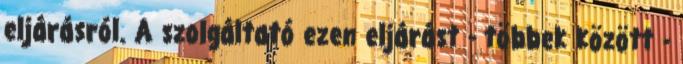
eljárásról. A szolgáltató ezen eljárást - többek között -